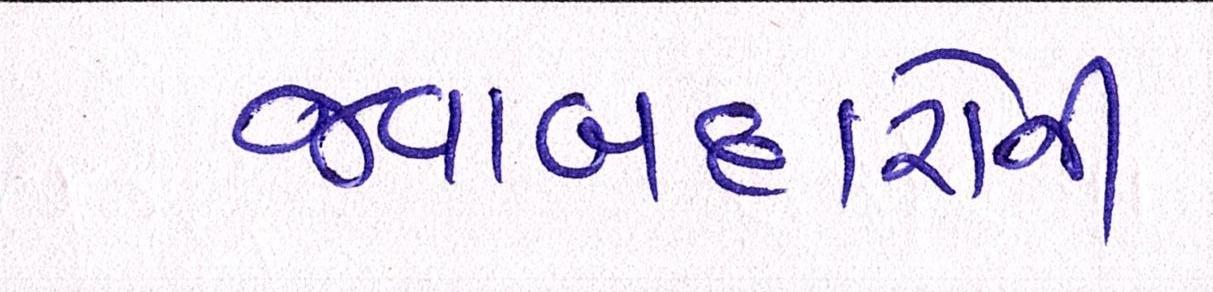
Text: જવાબદારોની